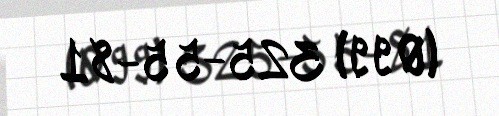
(099) 325-55-81